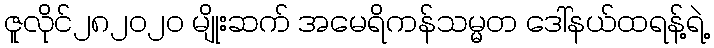
ဇူလိုင်၂၈၂၀၂၀ မျိုးဆက် အမေရိကန်သမ္မတ ဒေါ်နယ်ထရန့်ရဲ့